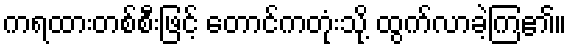
ကရထားတစ်စီးဖြင့် တောင်ကတုံးသို့ ထွက်လာခဲ့ကြ၏။